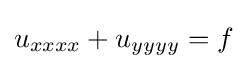
u_{xxxx}+u_{yyyy}=f